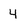
Character: 4